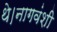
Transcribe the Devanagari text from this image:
थे।नागवंशी